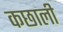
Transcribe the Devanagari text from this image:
कछाली